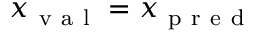
x _ { \mathrm { ~ v ~ a ~ l ~ } } = x _ { \mathrm { ~ p ~ r ~ e ~ d ~ } }